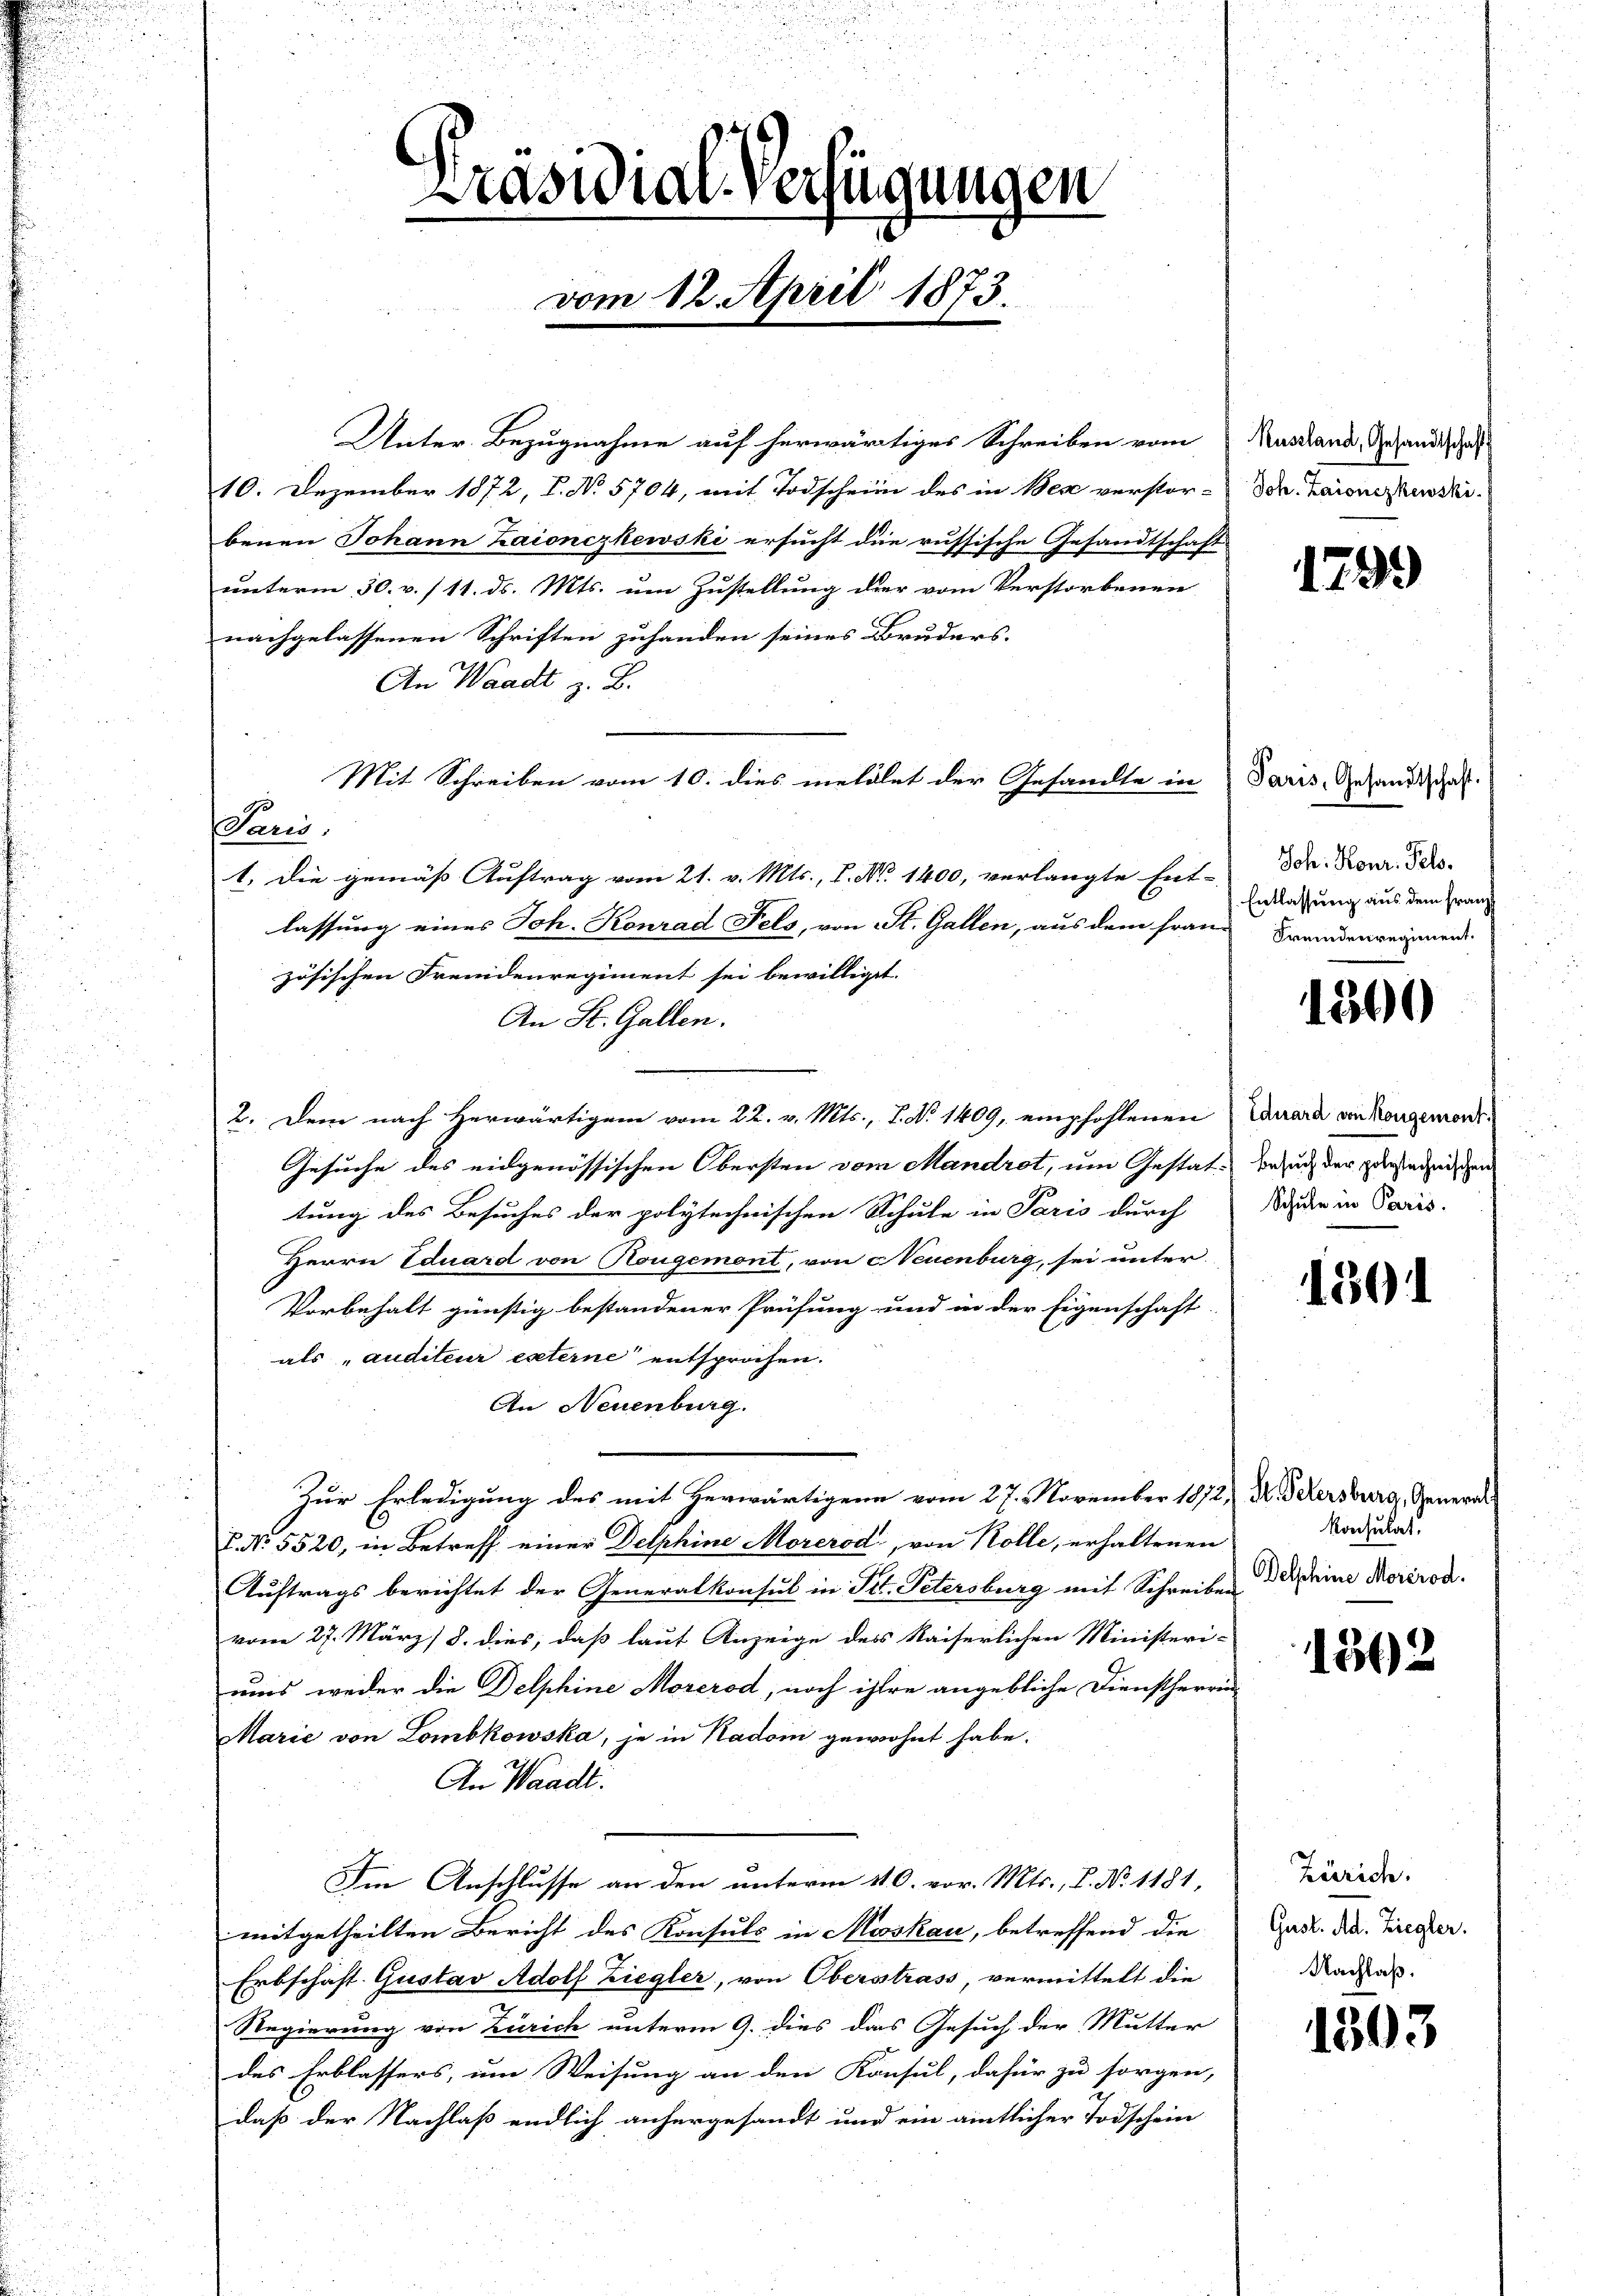
Präsidial-Verfügungen
.
vom 12. April 1873.

Unter-Bezugnahme auf herwärtiges Schreiben vom
10. Dezember 1872, I. No 5704, mit Todschein des in Bese verstor-
benen Johann Laionczkewski ersucht die russische Gesandtschaft
unterm 30. v. /11. ds. Mts. um Zustellung der vom Verstorbenen
nachgelassenen Schriften zuhanden seines Bruders.
An Waadt z. B.
Mit Schreiben vom 10. dies meldlet der Gesandte in
Paris,
1. Die gemäß Auftrag vom 21. v. Mts., P. Nr. 1400, verlangte Ent-
lassung eines Joh. Konrad Fels, von St. Gallen, aus dem fran-
zösischen Fremdenregiment sei bewilliget.
An St. Gallen.
2. Dem nach Herwärtigem vom 22. v. Mts., No 1409, empfohlenen Canara von Kongemorde¬
Gesuche des eidgenössischen Obersten vom Mandrot, um Gestat- besuch der zurechnischen
tung des Besuches der polytechnischen Schule in Paris durch
Herrn Eduard von Rougemont, von Neuenburg, sei unter
Vorbehalt günstig bestandener Prüfung und in der Eigenschaft
als „auditeur externe entsprochen.
An Neuenburg.
Zur Erledigung des mit herwärtigern vom 27. November 1872, Dr. Petersburg, General¬
. No. 5520, in Betreff einer Delphine Morcrod, von Kolle, erhaltenen
Auftrags berichtet der Generalkonsul in Tit. Petersburg mit Schreiben
vom 27. März/ 8. dies, daß laut Anzeige des Kaiserlichen Ministeri-
uus weder die Delphine Morerod, noch ihre angebliche Dienstherrin
Marie von Lombkowska, je in Kadoin gewohnt habe.
An Waadt.
Im Anschlusse an den unterm 11. O. vor. Mts., P. No 1181,
mitgetheilten Bericht des Konsuls in Mooskau, betreffend die
Erbschäft. Gustav Adolf Ziegler, von Oberstrass, vermittelt die
Regierung von Zürich unterm 9. dies das Gesuch der Mutter
des Erblassers, um Weisung an den Konsul, dafür zu sorgen,
daß der Nachlaß endlich anhergesandt und ein amtlicher Todschein

Russland, Gesandtschaft
Joh. Zaionczkewski.

1799

Paris, Gesandtschaft.
Joh. Konr. Fels.
Entlassung aus dem Franz
Fremdenregiment.

1300

Schule in Paris.

1591

konsulat
Delphine Morcrod.

1302

Zürich.
Gust. Ad. Ziegler.
Nachlaß.

1303